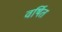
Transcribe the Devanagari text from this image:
वर्षित